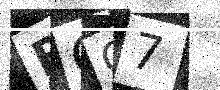
Text: BCQ7